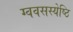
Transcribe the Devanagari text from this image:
ग्ववसस्येष्ठि